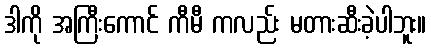
ဒါကို အကြီးကောင် ကီမီ ကလည်း မတားဆီးခဲ့ပါဘူး။